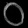
Digit: ၀